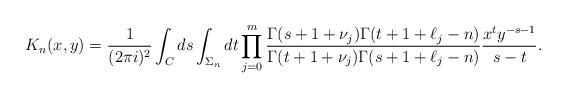
LaTeX: \begin{align*}K_n(x,y) = \frac{1}{(2\pi i)^2} \int_C ds \int_{\Sigma_n} dt \prod_{j=0}^m \frac{ \Gamma(s+1+\nu_j) \Gamma(t+1+\ell_j-n) }{ \Gamma(t+1+\nu_j) \Gamma(s+1+\ell_j-n) } \frac{ x^t y^{-s-1} }{s-t}.\end{align*}